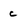
Character: c